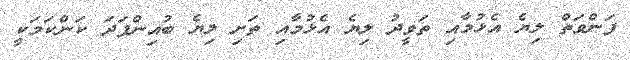
ފަންވަތް ލިޔެ އެޅުމާއި ތަވީދު ލިޔެ އެޅުމާއި ތަށި ލިޔެ ބުއިންފަދަ ކަންކަމަކީ